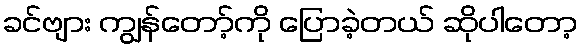
ခင်ဗျား ကျွန်တော့်ကို ပြောခဲ့တယ် ဆိုပါတော့